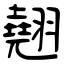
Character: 翹